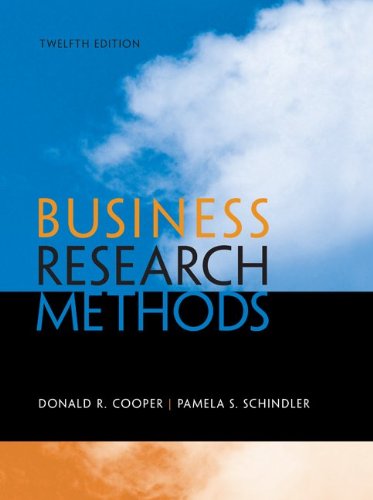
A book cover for Business Research Methods, 12th Edition; Donald R. Cooper; Business & Money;